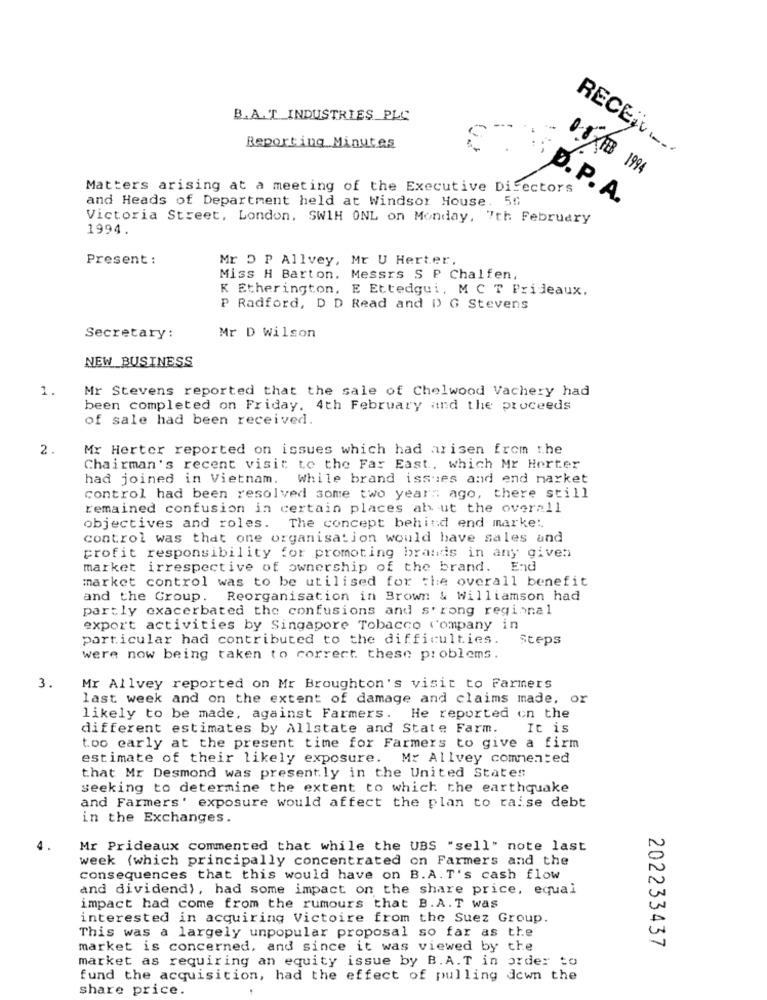
B.A. T. INDUSTRIES PLC
Reporting Minutes
RECEiv ...
0.5KB 1994
Matters arising at a meeting of the Executive Directors
and Heads of Department held at Windsor House. 56
D. P. A.
Victoria Street, London, SW1H ONL on Monday, 7th February
1994
Present :
Mr 5 P Allvey, Mr U Herter,
Miss H Barton. Messrs S P Chalfen,
K Etherington, E Ettedgui, MC T Prideaux.
P Radford, D D Read and D) G Stevens
Secretary:
Mr D Wilson
NEW BUSINESS
1.
Mr Stevens reported that the sale of Chelwood Vachery had
been completed on Friday. 4th February and the proceeds
of sale had been received.
2.
Mr Herter reported on issues which had arisen from the
Chairman's recent visit to the Far East, which Mr Horter
had joined in Vietnam. While brand issues and end market
control had been resolved some two years ago, there still
remained confusion in certain places ab ut the overall
objectives and roles. The concept behind end marke :.
control was that one organisation would have sales and
profit responsibility for promoting brands in any given
market irrespective of ownership of the brand. End
market control was to be utilised for the overall benefit
and the Group. Reorganisation in Brown & Williamson had
partly exacerbated the confusions and strong regional
export activities by Singapore Tobacco company in
particular had contributed to the difficulties. Steps
were now being taken to correct. these problems.
3.
Mr Allvey reported on Mr Broughton's visit to Farmers
last week and on the extent of damage and claims made, or
likely to be made, against Farmers. He reported on the
different estimates by Allstate and State Farm. It is
too early at the present time for Farmers to give a firm
estimate of their likely exposure. Mr Allvey commented
that Mr Desmond was presently in the United States
seeking to determine the extent to which the earthquake
and Farmers' exposure would affect the plan to raise debt
in the Exchanges.
Mr Prideaux commented that while the UBS "sell" note last
week (which principally concentrated on Farmers and the
consequences that this would have on B.A. T's cash flow
and dividend), had some impact on the share price, equal
impact had come from the rumours that B.A.T was
interested in acquiring Victoire from the Suez Group.
This was a largely unpopular proposal so far as the
market is concerned, and since it was viewed by the
202233437
market as requiring an equity issue by B.A.T in order to
fund the acquisition, had the effect of pulling down the
share price.